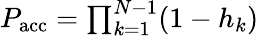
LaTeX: \begin{array}{r}{P_{\mathrm{acc}}=\prod_{k=1}^{N-1}(1-h_{k})}\end{array}